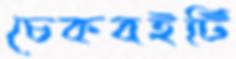
চেকবইটি